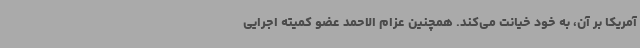
آمریکا بر آن، به خود خیانت می‌کند. همچنین عزام الاحمد عضو کمیته اجرایی